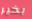
بخير